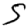
Digit: 5